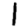
Digit: 1